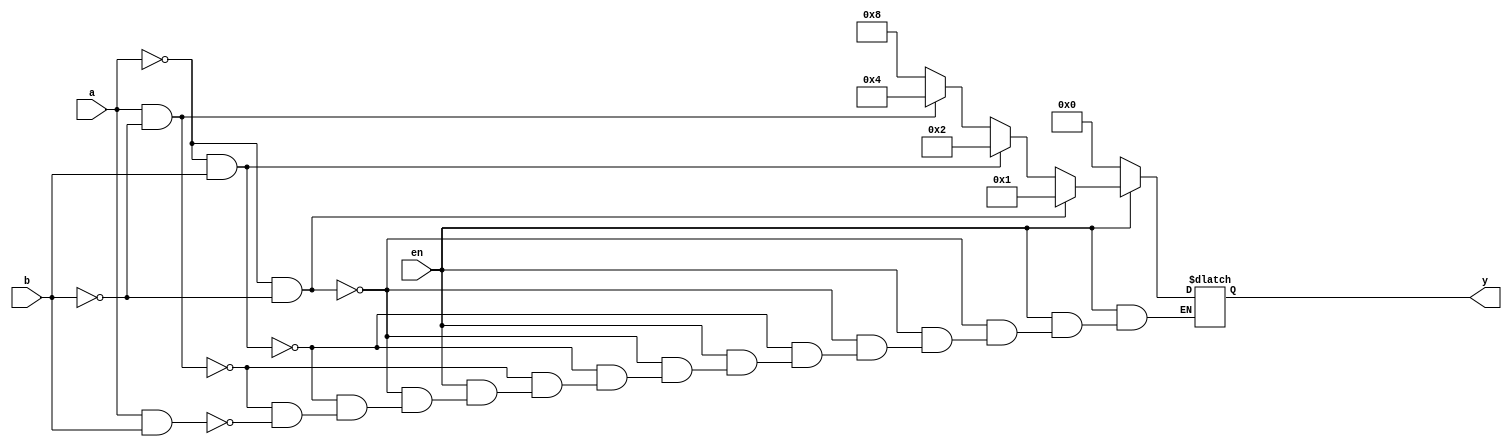
module dec2to4(en,a,b,y);
	input en,a,b;
	output reg [3:0]y;
   always @(en,a,b)
     begin
       if(en==1)
         begin
           if(a==0 & b==0) y=4'b0001;
           else if(a==0 & b==1) y=4'b0010;
           else if(a==1 & b==0) y=4'b0100;
           else if(a==1 & b==1) y=4'b1000;
         end
       else
        y=4'b0000;
     end
endmodule